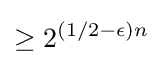
\geq 2^{(1/2-\epsilon )n}